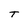
Character: T